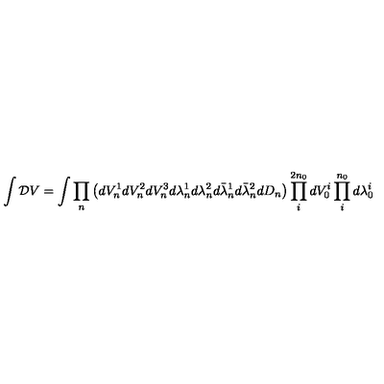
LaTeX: \int { \cal D } V = \int \prod _ { n } \left( d V _ { n } ^ { 1 } d V _ { n } ^ { 2 } d V _ { n } ^ { 3 } d \lambda _ { n } ^ { 1 } d \lambda _ { n } ^ { 2 } d \bar { \lambda } _ { n } ^ { 1 } d \bar { \lambda } _ { n } ^ { 2 } d D _ { n } \right) \prod _ { i } ^ { 2 n _ { 0 } } d V _ { 0 } ^ { i } \prod _ { i } ^ { n _ { 0 } } d \lambda _ { 0 } ^ { i }